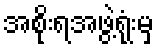
အစိုးရအဖွဲ့ရုံးမှ